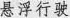
悬浮行驶